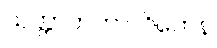
သတ္တာဟကာလိကေန